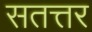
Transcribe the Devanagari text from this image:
सतत्तर